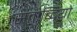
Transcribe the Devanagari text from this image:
सताब्दियो